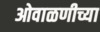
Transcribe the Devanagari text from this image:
ओवाळणीच्या